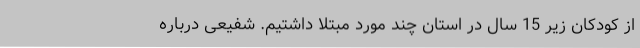
از کودکان زیر 15 سال در استان چند مورد مبتلا داشتیم. شفیعی درباره